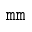
\mathtt { m m }